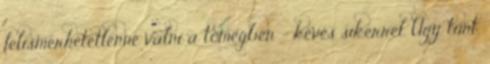
felismerhetetlenné válni a tömegben - kevés sikerrel. Úgy tűnt,